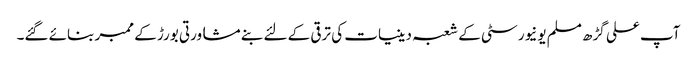
آپ علی گڑھ مسلم یونیورسٹی کے شعبہ دینیات کی ترقی کے لئے بنے مشاورتی بورڑ کے ممبر بنائے گئے۔